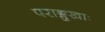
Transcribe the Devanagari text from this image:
पराङ्मुखाः